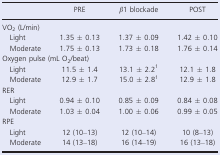
<table><thead><tr><td></td><td><b>PRE</b></td><td><b><i>β</i>1 blockade</b></td><td><b>POST</b></td></tr></thead><tbody><tr><td colspan="4">VO<sub>2</sub> (L/min)</td></tr><tr><td>Light</td><td>1.35 ± 0.13</td><td>1.37 ± 0.09</td><td>1.42 ± 0.10</td></tr><tr><td>Moderate</td><td>1.75 ± 0.13</td><td>1.73 ± 0.18</td><td>1.76 ± 0.14</td></tr><tr><td colspan="4">Oxygen pulse (mL O<sub>2</sub>/beat)</td></tr><tr><td>Light</td><td>11.5 ± 1.4</td><td>13.1 ± 2.2a</td><td>12.1 ± 1.8</td></tr><tr><td>Moderate</td><td>12.9 ± 1.7</td><td>15.0 ± 2.8a</td><td>12.9 ± 1.8</td></tr><tr><td colspan="4">RER</td></tr><tr><td>Light</td><td>0.94 ± 0.10</td><td>0.85 ± 0.09</td><td>0.84 ± 0.08</td></tr><tr><td>Moderate</td><td>1.03 ± 0.04</td><td>1.00 ± 0.06</td><td>0.99 ± 0.05</td></tr><tr><td colspan="4">RPE</td></tr><tr><td>Light</td><td>12 (10–13)</td><td>12 (10–14)</td><td>10 (8–13)</td></tr><tr><td>Moderate</td><td>14 (13–18)</td><td>16 (14–19)</td><td>16 (13–18)</td></tr></tbody></table>